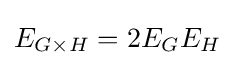
E_{G\times H}=2E_{G}E_{H}